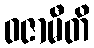
ဝဇာမီတိ